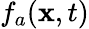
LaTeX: f_{a}(\mathbf{x},t)